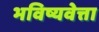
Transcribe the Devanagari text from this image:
भविष्यवेत्ता